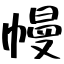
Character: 幔